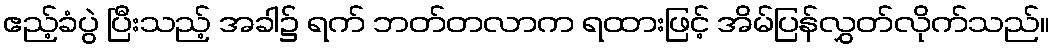
ဧည့်ခံပွဲ ပြီးသည့် အခါ၌ ရက် ဘတ်တလာက ရထားဖြင့် အိမ်ပြန်လွှတ်လိုက်သည်။